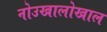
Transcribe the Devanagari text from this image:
नोउखालोखाल